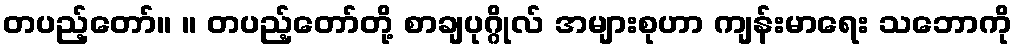
တပည့်တော်။ ။ တပည့်တော်တို့ စာချပုဂ္ဂိုလ် အများစုဟာ ကျန်းမာရေး သဘောကို